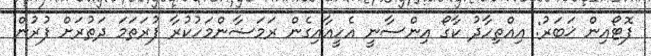
ފޮޓޯއިން ޚަބަރު: އިއްތިހާދު ކާގޯ އިންސާނީ އެހީއާއިގެން ރަމަޟާންމަހުކުރާ ފުރަތަމަ ދަތުރަށް ފުރުން